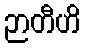
ဉာတီဟိ